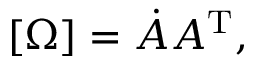
[ \Omega ] = { \dot { A } } A ^ { \mathrm { T } } ,